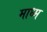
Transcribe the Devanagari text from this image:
माध्म